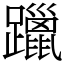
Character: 躐